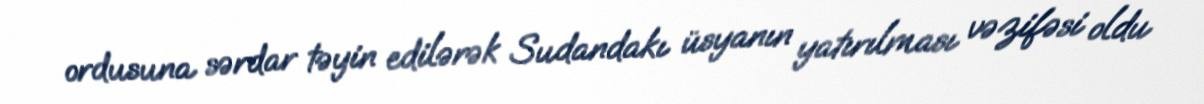
ordusuna sərdar təyin edilərək Sudandakı üsyanın yatırılması vəzifəsi oldu